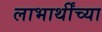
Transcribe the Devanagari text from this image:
लाभार्थींच्या